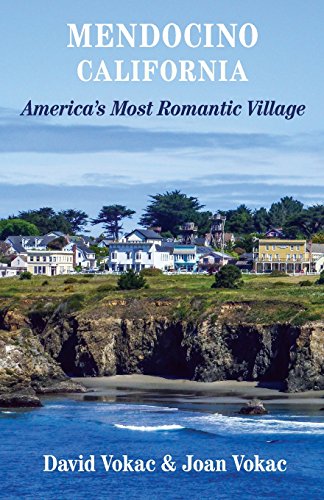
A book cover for Mendocino, California: Travel Guide to America's Most Romantic Village; David Vokac; Travel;